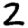
Digit: 2